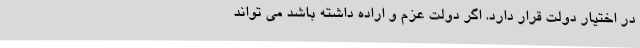
در اختیار دولت قرار دارد. اگر دولت عزم و اراده داشته باشد می تواند